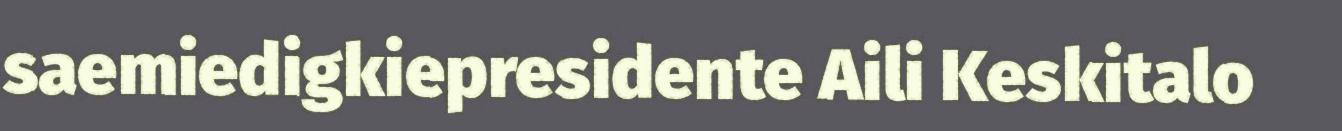
saemiedigkiepresidente Aili Keskitalo